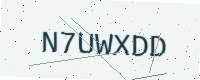
Text: N7UWXDD